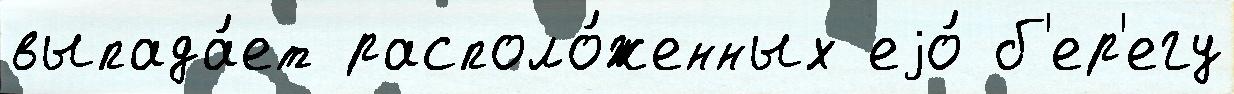
выпада́ет располо́женных еjо́ б'ер'егу